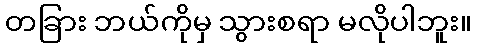
တခြား ဘယ်ကိုမှ သွားစရာ မလိုပါဘူး။